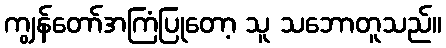
ကျွန်တော်အကြံပြုတော့ သူ သဘောတူသည်။